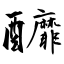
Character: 釄